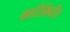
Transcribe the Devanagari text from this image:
कारिकिर्दीत